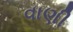
વાણી